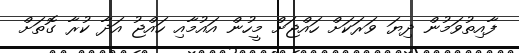
ފާއިތުވަމުން ދިޔަ ވަރަކަށް ހައްޖަށް މީހުން އައުމާއި ހައްޖު އަދާ ކުރާ ގޮތަށް